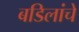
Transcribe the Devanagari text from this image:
बडिलांचे